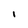
Character: l